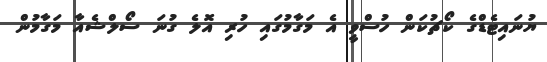
ޔުނައިޓެޑްގެ ކޯޗުކަން ހުސްވީ އެ މަގާމުގައި ހުރި އޮލެ ގުނަ ސޯލްޝެއާ މަގާމުން